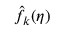
\hat { f } _ { k } ( \eta )